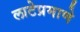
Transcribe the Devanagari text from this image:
लाटेप्रमाणे